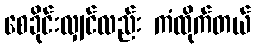
စေခိုင်းလျှင်လည်း ကံထိုက်တယ်